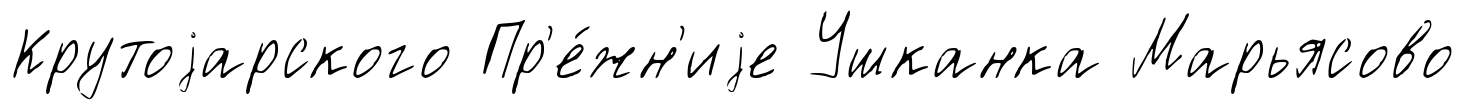
Крутоjарского Пр'е́жн'иjе Ушканка Марьясово